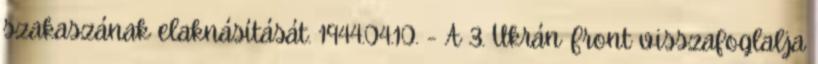
szakaszának elaknásítását. 1944.04.10. - A 3. Ukrán Front visszafoglalja